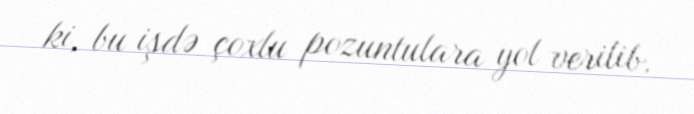
ki, bu işdə çoxlu pozuntulara yol verilib.